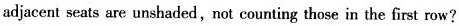
adjacent seats are unshaded,not counting those in the first row?